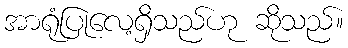
အာရုံပြုလေ့ရှိသည်ဟု ဆိုသည်။